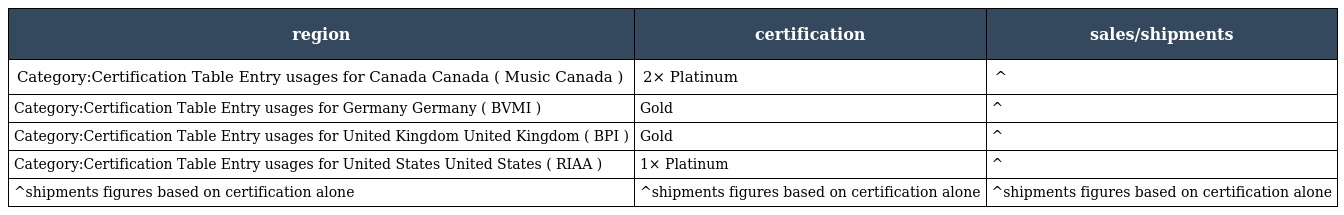
| region | certification | sales/shipments |
 | --- | --- | --- |
 | Category:Certification Table Entry usages for Canada Canada ( Music Canada ) | 2× Platinum | ^ |
 | Category:Certification Table Entry usages for Germany Germany ( BVMI ) | Gold | ^ |
 | Category:Certification Table Entry usages for United Kingdom United Kingdom ( BPI ) | Gold | ^ |
 | Category:Certification Table Entry usages for United States United States ( RIAA ) | 1× Platinum | ^ |
 | ^shipments figures based on certification alone | ^shipments figures based on certification alone | ^shipments figures based on certification alone |